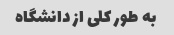
به طور کلی از دانشگاه